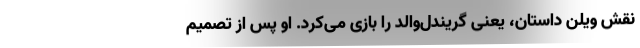
نقش ویلن داستان، یعنی گریندل‌والد را بازی می‌کرد. او پس از تصمیم